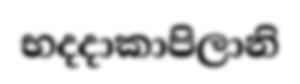
භදදාකාපිලානි